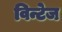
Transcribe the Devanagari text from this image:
विन्टेज